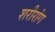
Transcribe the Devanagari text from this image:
शरीरांग